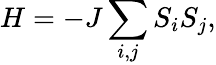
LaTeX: H=-J\sum_{i,j}S_{i}S_{j},